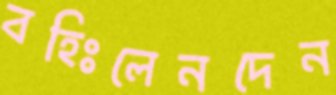
বহিঃলেনদেন